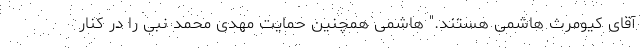
آقای کیومرث هاشمی هستند." هاشمی همچنین حمایت مهدی محمد نبی را در کنار